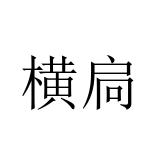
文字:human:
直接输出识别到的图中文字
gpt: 横扃